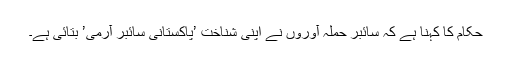
حکام کا کہنا ہے کہ سائبر حملہ آوروں نے اپنی شناخت ’پاکستانی سائبر آرمی’ بتائی ہے۔